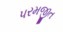
પરમજીત